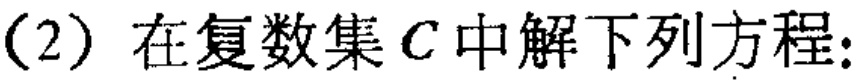
(2) 在复数集\(C\)中解下列方程: